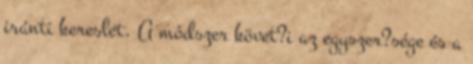
iránti kereslet. A módszer követ?i az egyszer?sége és a